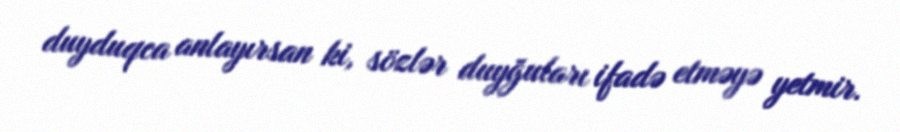
duyduqca anlayırsan ki, sözlər duyğuları ifadə etməyə yetmir.